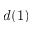
d ( 1 )